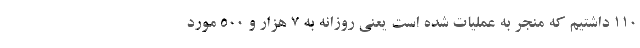
۱۱۰ داشتیم که منجر به عملیات شده است یعنی روزانه به ۷ هزار و ۵۰۰ مورد